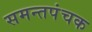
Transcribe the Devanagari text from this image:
समन्तपंचक